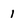
Character: 1